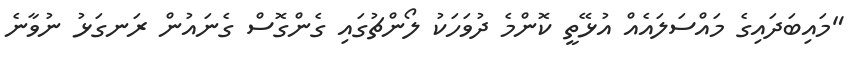
"މައިބަދައިގެ މައްސަލައެއް އުޅޭތީ ކޮންމެ ދުވަހަކު ލޯންޗުގައި ގެންގޮސް ގެނައުން ރަނގަޅު ނުވާނެ